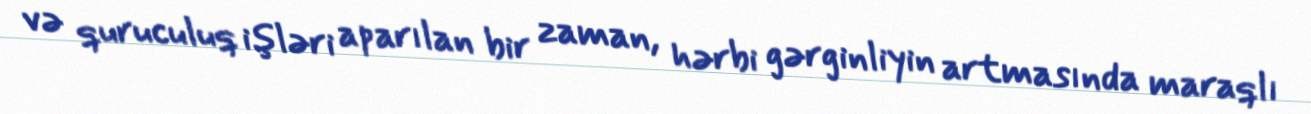
və quruculuq işləri aparılan bir zaman, hərbi gərginliyin artmasında maraqlı